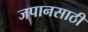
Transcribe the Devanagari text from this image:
जपानसाठी